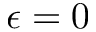
\epsilon = 0